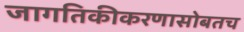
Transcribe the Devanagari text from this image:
जागतिकीकरणासोबतच